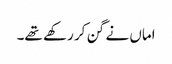
اماں نے گن کر رکھے تھے۔